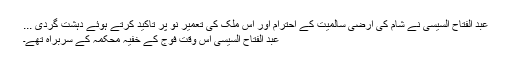
عبد الفتاح السیسی نے شام کی ارضی سالمیت کے احترام اور اس ملک کی تعمیر نو پر تاکید کرتے ہوئے دہشت گردی ...
عبد الفتاح السیسی اس وقت فوج کے خفیہ محکمہ کے سربراہ تھے۔